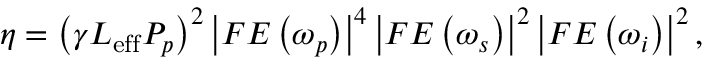
\eta = \left( \gamma L _ { \mathrm { e f f } } P _ { p } \right) ^ { 2 } \left| F E \left( \omega _ { p } \right) \right| ^ { 4 } \left| F E \left( \omega _ { s } \right) \right| ^ { 2 } \left| F E \left( \omega _ { i } \right) \right| ^ { 2 } ,